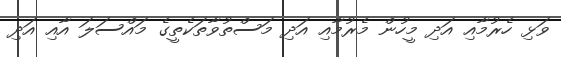
ވަޅި ހެރުމާއި އަދި މީހުން މެރުމާއި އަދި މަސްތުވާތަކެތީގެ މައްސަލަ އާއި އަދި